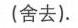
(舍去).